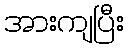
အားကျပြီး